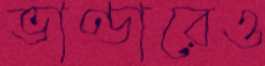
ভাণ্ডারেও